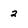
Character: 2